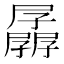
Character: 𰌱